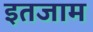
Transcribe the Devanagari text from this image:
इतजाम